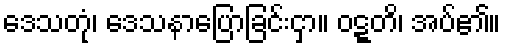
ဒေသတုံ၊ ဒေသနာပြောခြင်းငှာ။ ဝဋ္ဋတိ၊ အပ်၏။